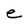
Character: e